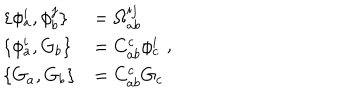
\begin{array} { l l } { { \{ \phi _ { a } ^ { i } , \phi _ { b } ^ { j } \} } } & { { = \Omega _ { a b } ^ { i j } } } \\ { { \{ \phi _ { a } ^ { i } , G _ { b } \} } } & { { = C _ { a b } ^ { c } \phi _ { c } ^ { i } } } \\ { { \{ G _ { a } , G _ { b } \} } } & { { = C _ { a b } ^ { c } G _ { c } } } \\ \end{array} ,